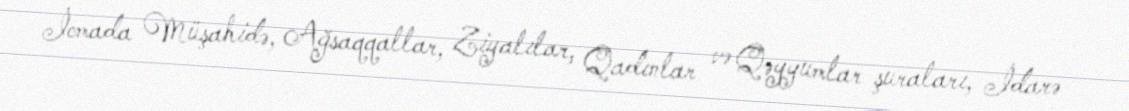
İcmada Müşahidə, Ağsaqqallar, Ziyalılar, Qadınlar və Qəyyumlar şuraları, İdarə